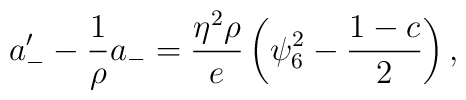
a_-'-\frac{1}{\rho}a_-=\frac{\eta^2\rho}{e}\left(\psi_6^2-\frac{1-c}{2}\right),